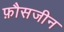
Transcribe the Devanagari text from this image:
फ़ौसजीन